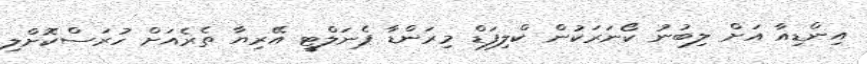
އިންޑިއާ އަށް ލިބުނު ކޯނަރަކުން ކްލިފަޑް މިރަންޑާ ޕެނަލްޓީ އޭރިޔާ ތެރެއަށް ހުރަސްކޮށްލި